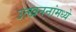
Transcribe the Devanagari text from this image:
उत्खननांमध्ये